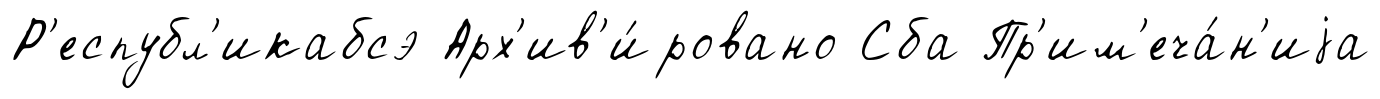
Р'еспубл'икабсэ Арх'ив'и́ровано Сба Пр'им'еча́н'иjа